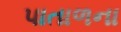
પાતાળના